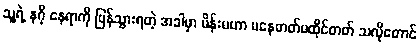
သူ့ရဲ့ နဂို နေရာကို ပြန်သွားရတဲ့ အခါမှာ မိန်းမဟာ မနေတတ်မထိုင်တတ် သလိုတောင်